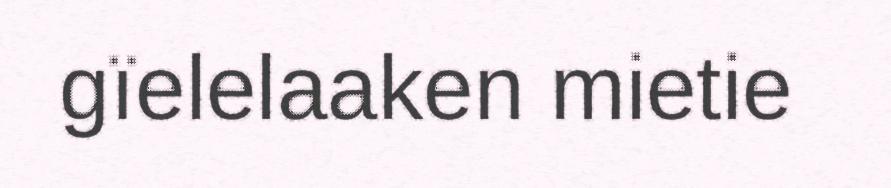
gïelelaaken mietie